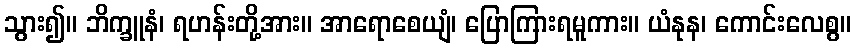
သွား၍။ ဘိက္ခူနံ၊ ရဟန်းတို့အား။ အာရောစေယျံ၊ ပြောကြားရမူကား။ ယံနုန၊ ကောင်းလေစွ။